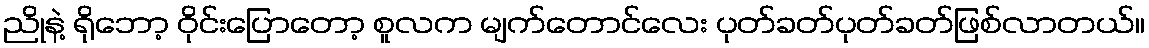
ညိုနဲ့ ရိုဘော့ ဝိုင်းပြောတော့ စူလက မျက်တောင်လေး ပုတ်ခတ်ပုတ်ခတ်ဖြစ်လာတယ်။